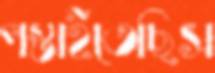
পস্তাইতেছিস